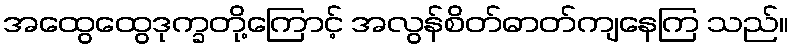
အထွေထွေဒုက္ခတို့ကြောင့် အလွန်စိတ်ဓာတ်ကျနေကြ သည်။